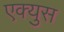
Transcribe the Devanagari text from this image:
एक्युस